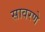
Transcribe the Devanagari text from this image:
सावरणे